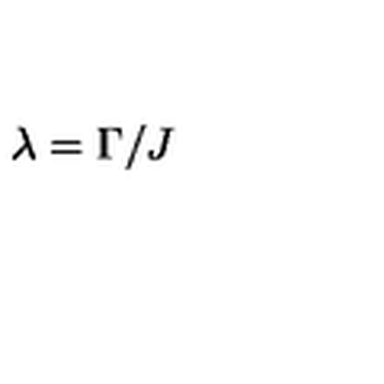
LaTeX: \lambda = \Gamma / J